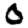
Digit: 0